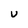
Character: U